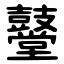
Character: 鼞